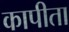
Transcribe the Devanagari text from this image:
कापीता